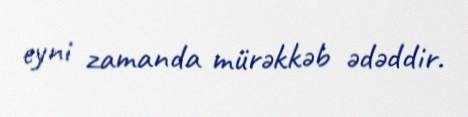
eyni zamanda mürəkkəb ədəddir.